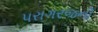
પરાગરજની